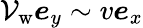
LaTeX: \mathcal{V}_{\mathrm{w}}\boldsymbol{e}_{y}\sim v\boldsymbol{e}_{x}